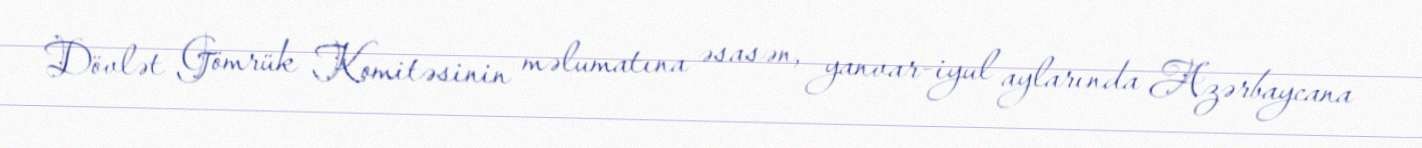
Dövlət Gömrük Komitəsinin məlumatına əsasən, yanvar-iyul aylarında Azərbaycana